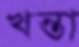
খন্তা